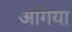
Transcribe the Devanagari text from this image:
अगिया